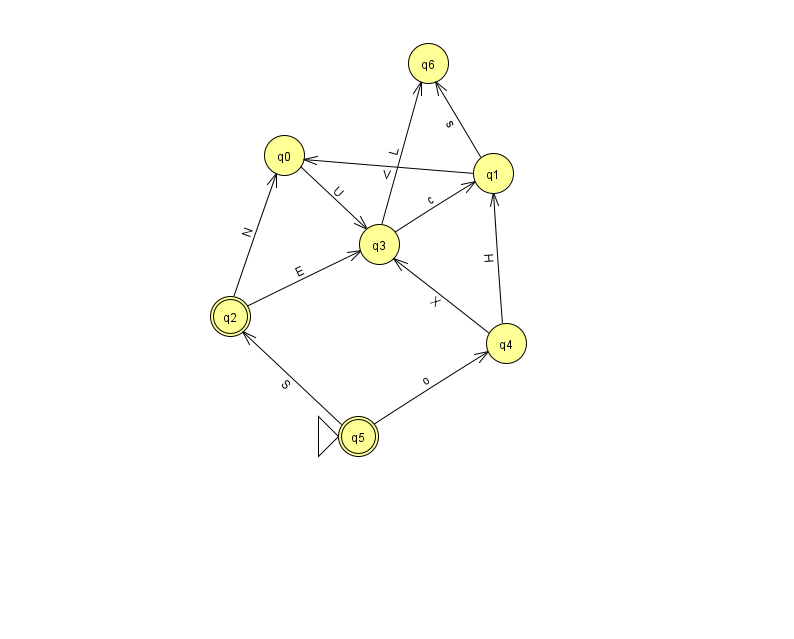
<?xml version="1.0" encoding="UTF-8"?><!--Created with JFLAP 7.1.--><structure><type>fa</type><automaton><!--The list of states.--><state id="0" name="q0"><x>284.0</x><y>142.0</y></state><state id="1" name="q1"><x>493.0</x><y>160.0</y></state><state id="2" name="q2"><x>230.0</x><y>303.0</y><final/></state><state id="3" name="q3"><x>379.0</x><y>231.0</y></state><state id="4" name="q4"><x>506.0</x><y>330.0</y></state><state id="5" name="q5"><x>358.0</x><y>423.0</y><initial/><final/></state><state id="6" name="q6"><x>428.0</x><y>50.0</y></state><!--The list of transitions.--><transition><from>1</from><to>6</to><read>s</read></transition><transition><from>1</from><to>0</to><read>V</read></transition><transition><from>3</from><to>6</to><read>L</read></transition><transition><from>4</from><to>3</to><read>X</read></transition><transition><from>5</from><to>4</to><read>o</read></transition><transition><from>5</from><to>2</to><read>S</read></transition><transition><from>0</from><to>3</to><read>U</read></transition><transition><from>2</from><to>3</to><read>E</read></transition><transition><from>3</from><to>1</to><read>c</read></transition><transition><from>2</from><to>0</to><read>N</read></transition><transition><from>4</from><to>1</to><read>H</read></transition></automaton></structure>